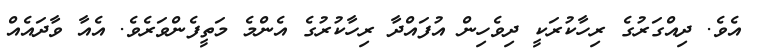
އެވެ. ދިއްގަރުގެ ރިހާކުރަކީ ދިވެހިން އުފައްދާ ރިހާކުރުގެ އެންމެ މަތީފެންވަރެވެ. އެއާ ވާދައެއް